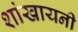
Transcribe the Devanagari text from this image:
शांखायनी